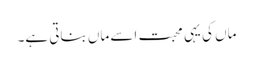
ماں کی یہی محبت اسے ماں بناتی ہے۔